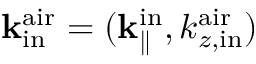
{ \bf k } _ { \mathrm { i n } } ^ { \mathrm { a i r } } = ( { \bf k } _ { \parallel } ^ { \mathrm { i n } } , k _ { z , \mathrm { i n } } ^ { \mathrm { a i r } } )